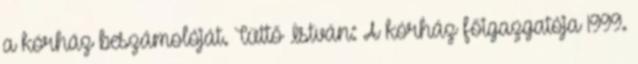
a kórház beszámolóját. Tüttő István: A kórház főigazgatója 1999.